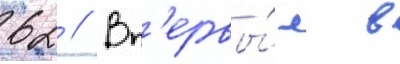
62 // Вп'ервы́е в